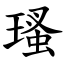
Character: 瑵